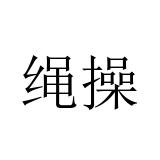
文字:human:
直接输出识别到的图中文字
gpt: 绳操